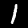
Label: 1